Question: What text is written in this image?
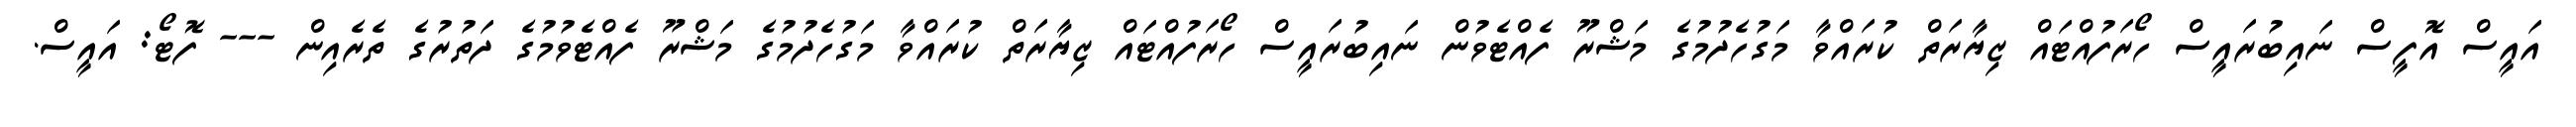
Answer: އައީސް އޮފީސް ނައިބުރައީސް ހޯރަފުއްޓައް ޒިޔާރަތް ކުރައްވާ މަގުހެދުމުގެ މަޝްރޫ ފެއްޓެވުން ނައިބުރައީސް ހޯރަފުއްޓައް ޒިޔާރަތް ކުރައްވާ މަގުހެދުމުގެ މަޝްރޫ ފެއްޓެވުމުގެ ދަތުރުގެ ތެރެއިން --- ފޮޓޯ: އައީސް.